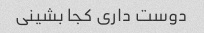
دوست داری کجا بشینی